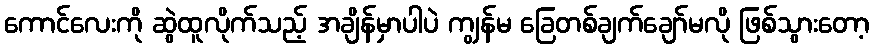
ကောင်လေးကို ဆွဲထူလိုက်သည့် အချိန်မှာပါပဲ ကျွန်မ ခြေတစ်ချက်ချော်မလို ဖြစ်သွားတော့